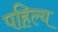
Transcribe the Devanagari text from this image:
पहिल्य